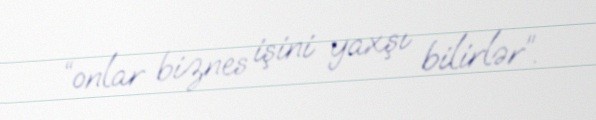
“onlar biznes işini yaxşı bilirlər”.